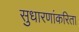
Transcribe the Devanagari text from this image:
सुधारणांकरिता